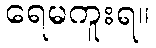
ရေမကူးရ။